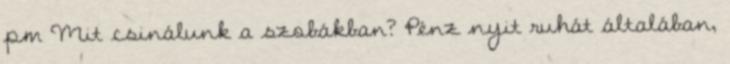
pm Mit csinálunk a szobákban? Pénz nyit ruhát általában,